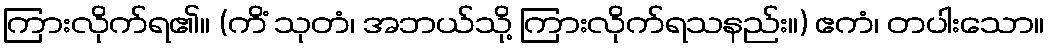
ကြားလိုက်ရ၏။ (ကိံ သုတံ၊ အဘယ်သို့ ကြားလိုက်ရသနည်း။) ဧကံ၊ တပါးသော။